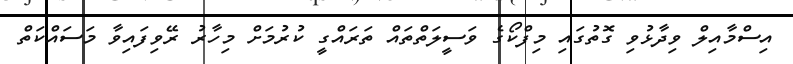
އިސްމާއިލް ވިދާޅުވި ގޮތުގައި މިފްކޯގެ ވަސީލަތްތައް ތަރައްގީ ކުރުމަށް މިހާރު ރޭވިފައިވާ މަސައްކަތް